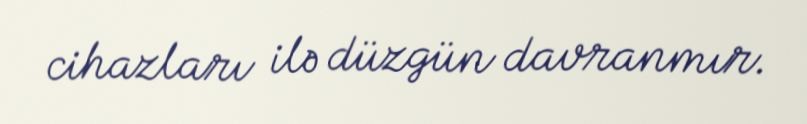
cihazları ilə düzgün davranmır.